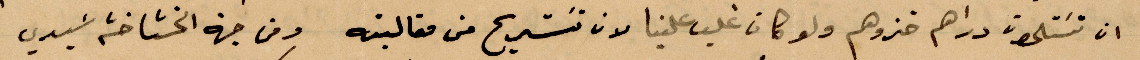
ان تستلمون دراهم خذوهم ولو كان غلب علينا لان نستريح من مقالبه ومن جهة الخشاخشة سيدي